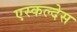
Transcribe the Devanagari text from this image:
एस्कल्देस